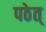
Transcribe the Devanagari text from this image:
पठेत्‌